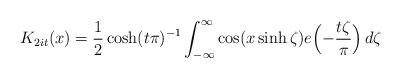
LaTeX: \begin{align*}K_{2 i t}(x) = \frac{1}{2} \cosh(t \pi)^{-1} \int_{-\infty}^\infty \cos(x \sinh \zeta) e\Bigl( -\frac{t \zeta}{\pi} \Bigr) \, d\zeta\end{align*}